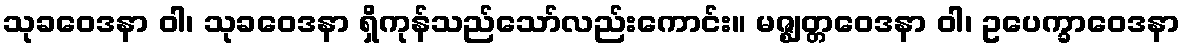
သုခဝေဒနာ ဝါ၊ သုခဝေဒနာ ရှိကုန်သည်သော်လည်းကောင်း။ မဇ္ဈတ္တဝေဒနာ ဝါ၊ ဥပေက္ခာဝေဒနာ